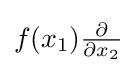
f(x_{1}){\tfrac {\partial }{\partial x_{2}}}